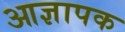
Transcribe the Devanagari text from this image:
आज्ञापक